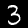
Digit: 3